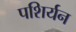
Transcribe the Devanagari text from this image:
पशिर्यन